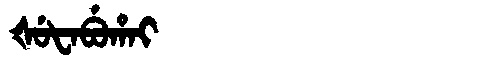
Manchu: ᡧᡠᡶᠠᠪᡠᡥᠠᡳ
Romanization: ŠUFABUHAI